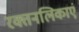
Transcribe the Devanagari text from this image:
रक्तनलिकाएं